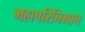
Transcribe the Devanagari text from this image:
महापरिनिब्वान